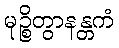
မုဉ္စိတွာနန္တကံ